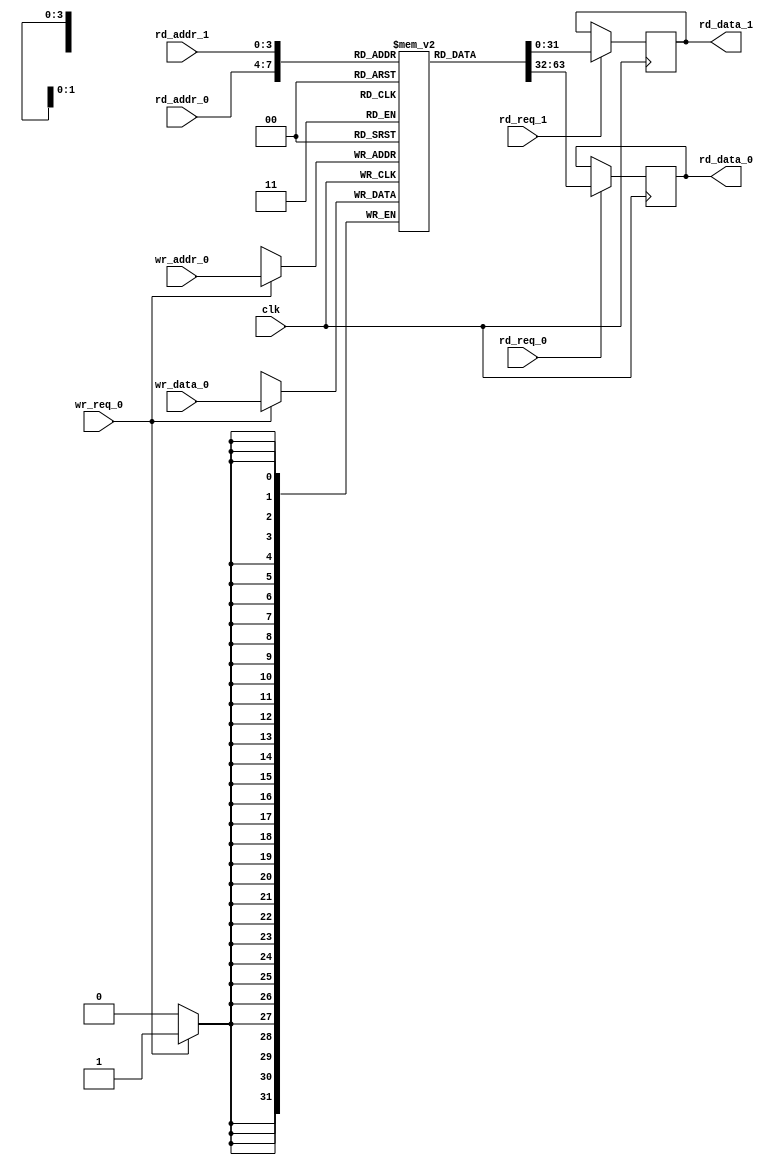
`timescale 1ns / 1ps
module reg_file #(
    parameter integer  DATA_WIDTH                   = 32,
    parameter integer  ADDR_WIDTH                   = 4
) (
    input  wire                                         clk,
    input  wire                                         rd_req_0,
    input  wire  [ ADDR_WIDTH           -1 : 0 ]        rd_addr_0,
    output wire  [ DATA_WIDTH           -1 : 0 ]        rd_data_0,
    input  wire                                         rd_req_1,
    input  wire  [ ADDR_WIDTH           -1 : 0 ]        rd_addr_1,
    output wire  [ DATA_WIDTH           -1 : 0 ]        rd_data_1,
    input  wire                                         wr_req_0,
    input  wire  [ ADDR_WIDTH           -1 : 0 ]        wr_addr_0,
    input  wire  [ DATA_WIDTH           -1 : 0 ]        wr_data_0
);

//=========================================
// Wires and Regs
//=========================================
    (* ram_style = "distributed" *)
    reg  [ DATA_WIDTH           -1 : 0 ] mem [0 : (1 << ADDR_WIDTH) - 1];
    reg  [ DATA_WIDTH           -1 : 0 ]        rd_data_0_q;
    reg  [ DATA_WIDTH           -1 : 0 ]        rd_data_1_q;
//=========================================


  always @(posedge clk)
  begin
    if (rd_req_0)
      rd_data_0_q <= mem[rd_addr_0];
  end
    assign rd_data_0 = rd_data_0_q;

  always @(posedge clk)
  begin
    if (rd_req_1)
      rd_data_1_q <= mem[rd_addr_1];
  end
    assign rd_data_1 = rd_data_1_q;

  always @(posedge clk)
  begin
    if (wr_req_0)
      mem[wr_addr_0] <= wr_data_0;
  end

endmodule